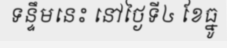
ទន្ទឹមនេះ នៅថ្ងៃទី៤ ខែធ្នូ